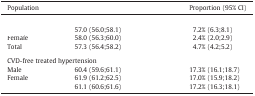
<table><thead><tr><td><b>Population</b></td><td>[EMPTY_CELL]</td><td><b>Proportion (95% CI)</b></td></tr></thead><tbody><tr><td colspan="3">[EMPTY_CELL]</td></tr><tr><td>[EMPTY_CELL]</td><td>57.0 (56.0;58.1)</td><td>7.2% (6.3;8.1)</td></tr><tr><td>Female</td><td>58.0 (56.3;60.0)</td><td>2.4% (2.0;2.9)</td></tr><tr><td>Total</td><td>57.3 (56.4;58.2)</td><td>4.7% (4.2;5.2)</td></tr><tr><td colspan="3">[EMPTY_CELL]</td></tr><tr><td colspan="3">CVD-free treated hypertension</td></tr><tr><td>Male</td><td>60.4 (59.6;61.1)</td><td>17.3% (16.1;18.7)</td></tr><tr><td>Female</td><td>61.9 (61.2;62.5)</td><td>17.0% (15.9;18.2)</td></tr><tr><td>[EMPTY_CELL]</td><td>61.1 (60.6;61.6)</td><td>17.2% (16.3;18.1)</td></tr></tbody></table>